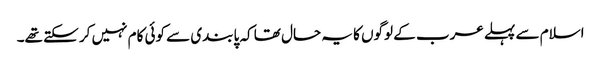
اسلام سے پہلے عرب کے لوگوں کا یہ حال تھا کہ پابندی سے کوئی کام نہیں کر سکتے تھے۔